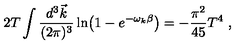
2 T \int { \frac { d ^ { 3 } \vec { k } } { ( 2 \pi ) ^ { 3 } } } \ln \bigl ( 1 - e ^ { - \omega _ { k } \beta } \bigr ) = - { \frac { \pi ^ { 2 } } { 4 5 } } T ^ { 4 } \ ,